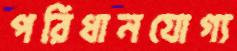
পরিধানযোগ্য